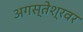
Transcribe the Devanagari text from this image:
अगस्‍तेश्रवर